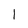
Character: 1